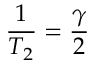
\frac { 1 } { T _ { 2 } } = \frac { \gamma } { 2 }